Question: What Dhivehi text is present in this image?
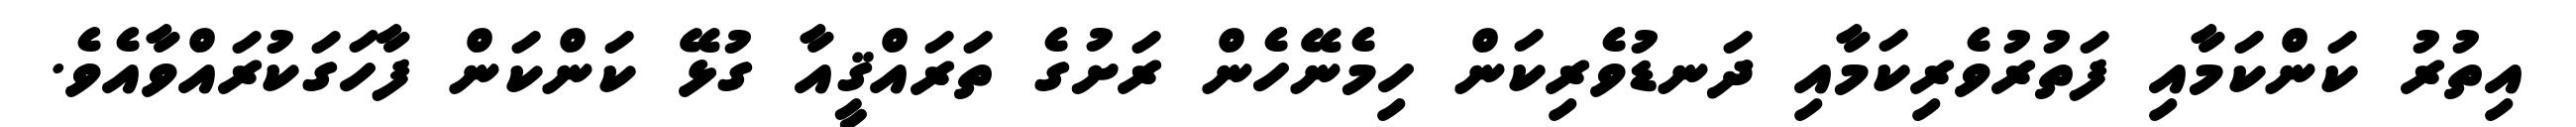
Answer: އިތުރު ކަންކަމާއި ފަތުރުވެރިކަމާއި ދަނޑުވެރިކަން ހިމެނޭހެން ރަށުގެ ތަރައްޤީއާ ގުޅޭ ކަންކަން ފާހަގަކުރައްވާއެވެ.